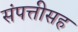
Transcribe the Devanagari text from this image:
संपत्तीसह